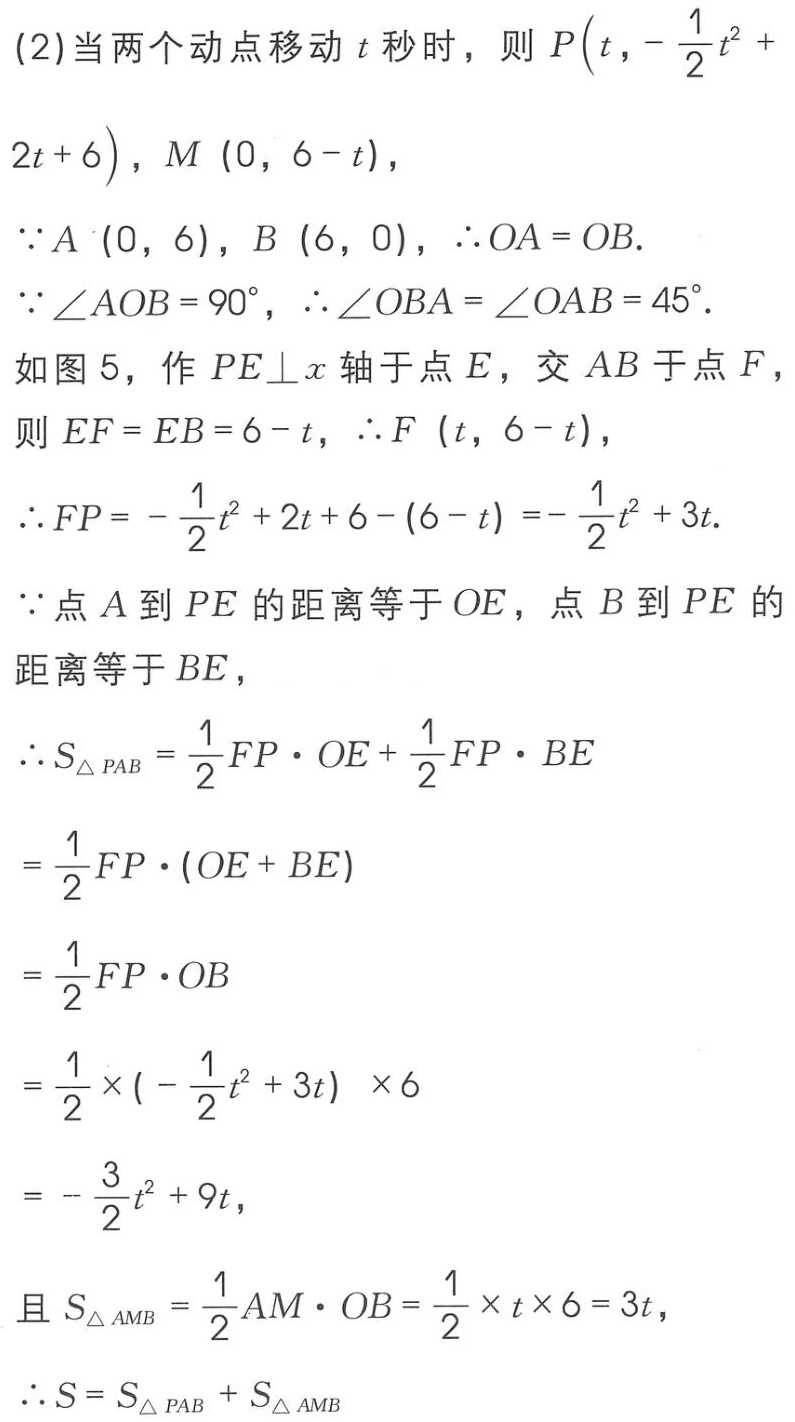
(2)当两个动点移动\(t\)秒时，则\(P\left(t,-\frac{1}{2}t^{2}+2t + 6\right)\)，\(M(0,6 - t)\)，
\(\because A(0,6)\)，\(B(6,0)\)，\(\therefore OA = OB\).
\(\because\angle AOB = 90^{\circ}\)，\(\therefore\angle OBA=\angle OAB = 45^{\circ}\).
如图5，作\(PE\perp x\)轴于点\(E\)，交\(AB\)于点\(F\)，
则\(EF = EB = 6 - t\)，\(\therefore F(t,6 - t)\)，
\(\therefore FP=-\frac{1}{2}t^{2}+2t + 6-(6 - t)=-\frac{1}{2}t^{2}+3t\).
\(\because\)点\(A\)到\(PE\)的距离等于\(OE\)，点\(B\)到\(PE\)的距离等于\(BE\)，
\(\therefore S_{\triangle PAB}=\frac{1}{2}FP\cdot OE+\frac{1}{2}FP\cdot BE\)
\(=\frac{1}{2}FP\cdot(OE + BE)\)
\(=\frac{1}{2}FP\cdot OB\)
\(=\frac{1}{2}\times\left(-\frac{1}{2}t^{2}+3t\right)\times6\)
\(=-\frac{3}{2}t^{2}+9t\)，
且\(S_{\triangle AMB}=\frac{1}{2}AM\cdot OB=\frac{1}{2}\times t\times6 = 3t\)，
\(\therefore S = S_{\triangle PAB}+S_{\triangle AMB}\)